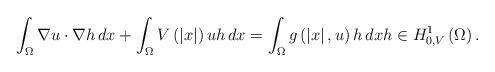
LaTeX: \begin{align*}\int_{\Omega }\nabla u\cdot \nabla h\,dx+\int_{\Omega }V\left( \left|x\right| \right) uh\,dx=\int_{\Omega }g\left( \left| x\right| ,u\right)h\,dxh\in H_{0,V}^{1}\left( \Omega \right) .\end{align*}